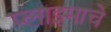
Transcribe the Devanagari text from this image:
प्लाझ्माचे